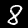
Digit: 8